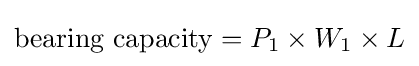
{\text{bearing capacity}}=P_{1}\times W_{1}\times L